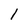
Character: 1